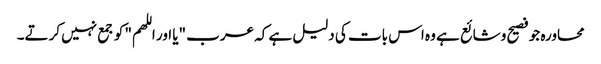
محاورہ جو فصیح وشائع ہے وہ اس بات کی دلیل ہے کہ عرب "یا اور اللھم" کو جمع نہیں کرتے۔